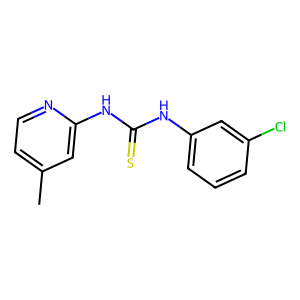
SMILES: Cc1ccnc(NC(=S)Nc2cccc(Cl)c2)c1
Inhibits HIV replication: No